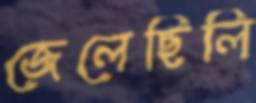
জেলেছিলি